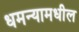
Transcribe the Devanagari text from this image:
धमन्यामधील